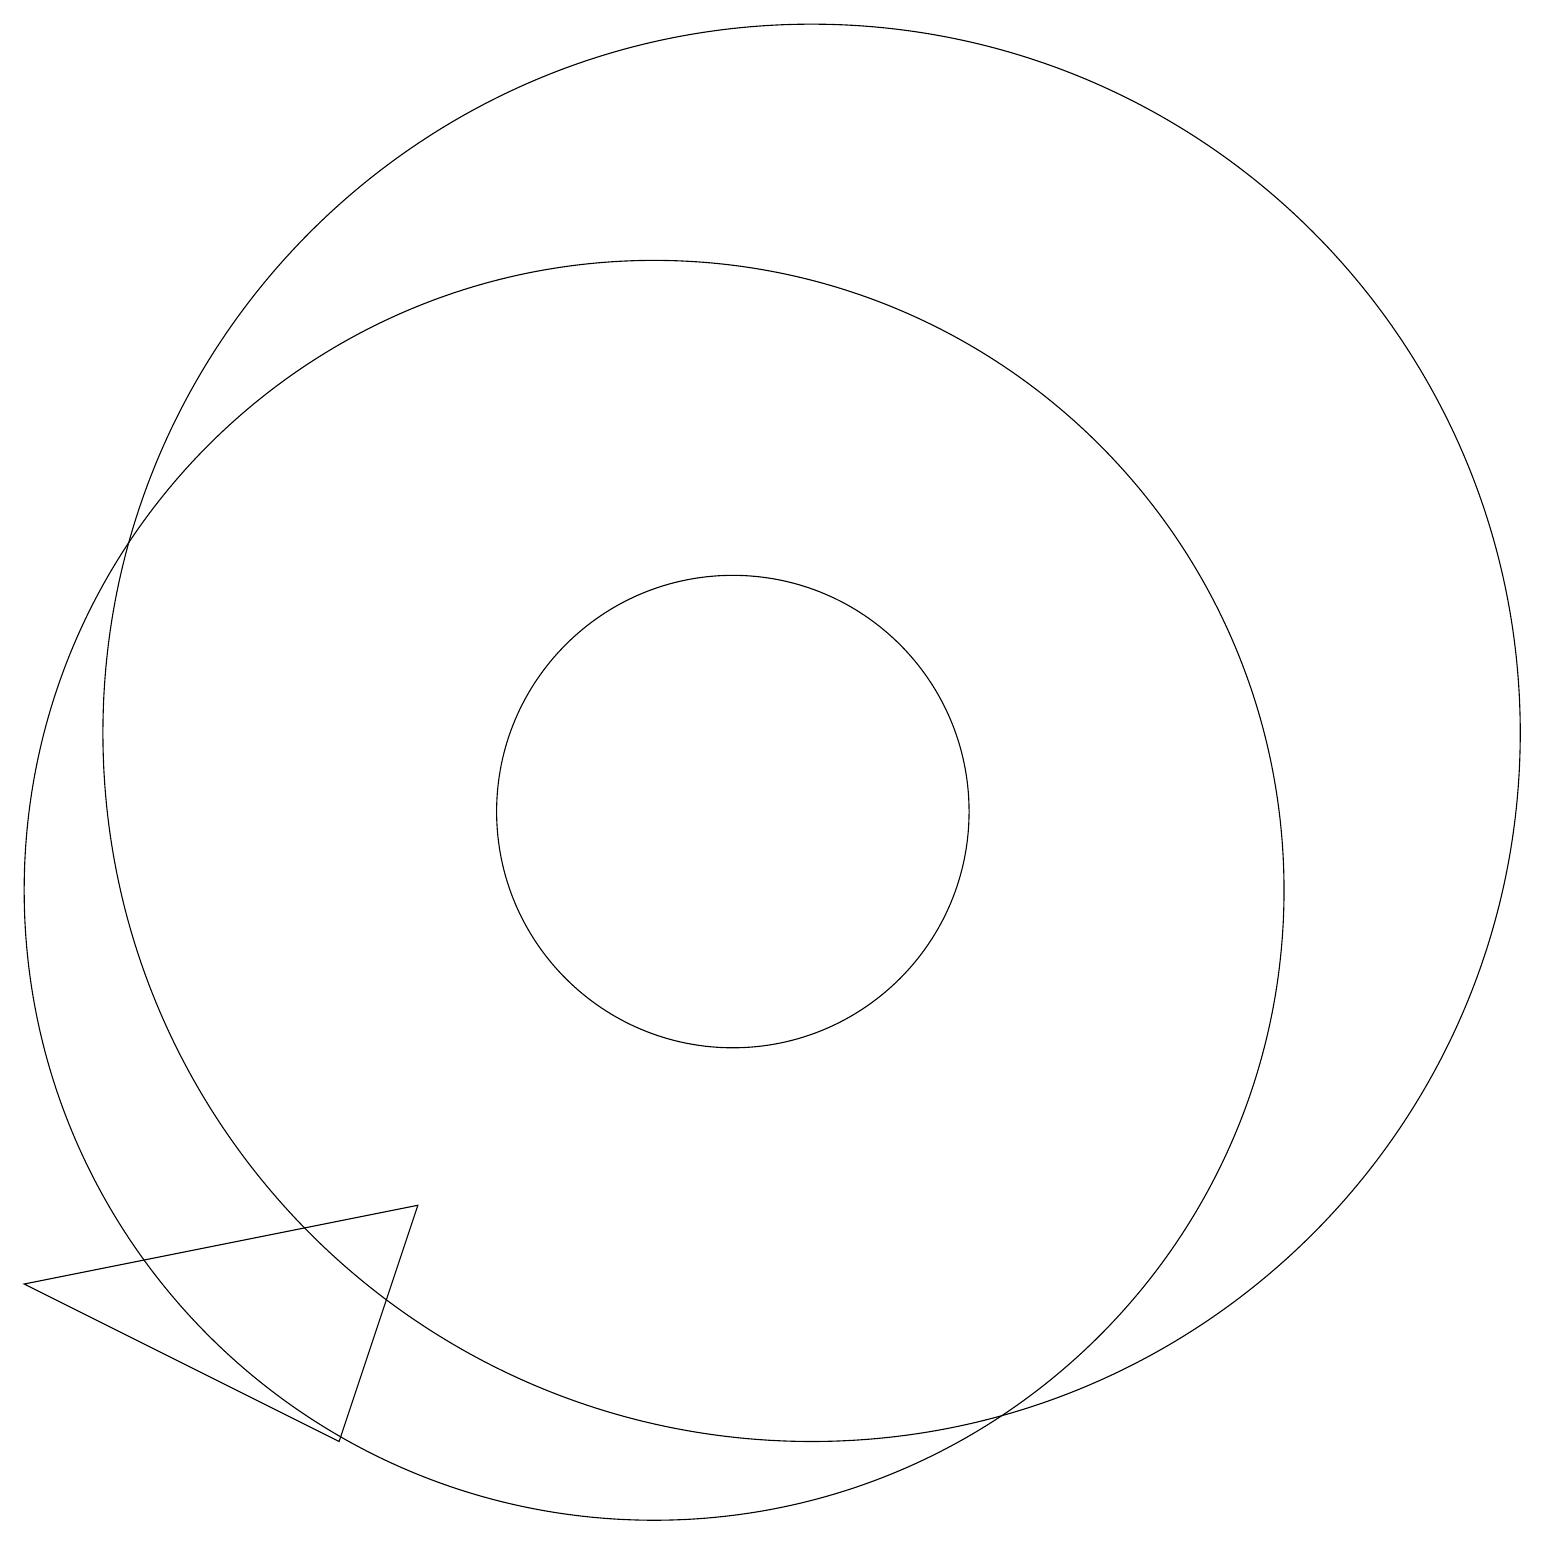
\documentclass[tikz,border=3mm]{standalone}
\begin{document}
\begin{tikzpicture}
\draw (12,12) circle (9);
\draw (11,11) circle (3);
\draw (10,10) circle (8);
\draw (2,5) -- (7,6) -- (6,3) -- cycle;
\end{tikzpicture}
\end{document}